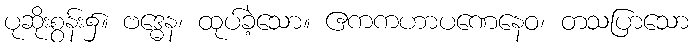
ပုဆိုးစွန်း၌။ ဗဒ္ဓေန၊ ထုပ်ခဲ့သော။ ဧကကဟာပဏေနေဝ၊ တသပြာသော